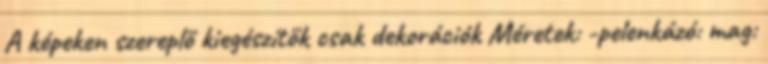
A képeken szereplő kiegészítők csak dekorációk Méretek: -pelenkázó: mag: